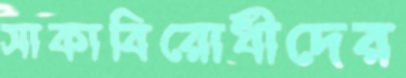
সাকাবিরোধীদের